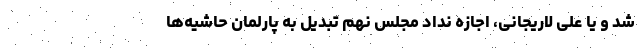
شد و یا علی لاریجانی، اجازه نداد مجلس نهم تبدیل به پارلمان حاشیه‌ها